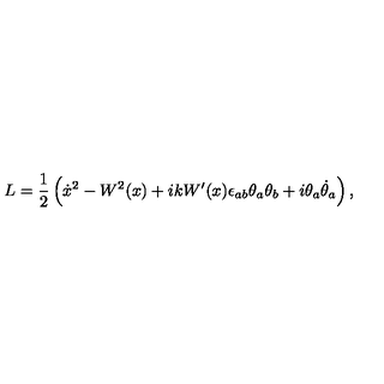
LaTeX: L = \frac { 1 } { 2 } \left( \dot { x } { } ^ { 2 } - W ^ { 2 } ( x ) + i k W ^ { \prime } ( x ) \epsilon _ { a b } \theta _ { a } \theta _ { b } + i \theta _ { a } \dot { \theta } _ { a } \right) ,